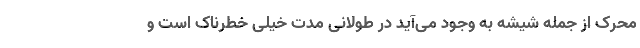
محرک از جمله شیشه به وجود می‌آید در طولانی مدت خیلی خطرناک است و